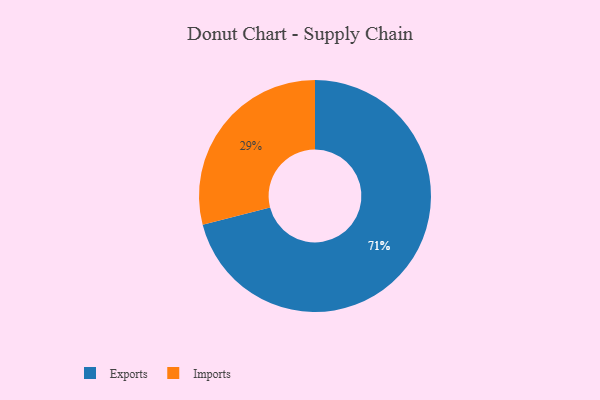
{"axis": {"x": "Category", "y": "Percentage"}, "legend": ["Exports", "Imports"], "data": [{"x": "Imports", "y": 29, "type": "Imports"}, {"x": "Exports", "y": 71, "type": "Exports"}]}